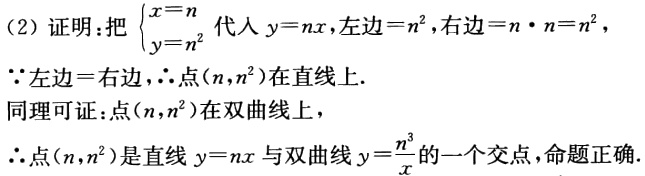
(2) 证明:把\(\begin{cases}x = n\\y = n^{2}\end{cases}\)代入\(y = nx\)，左边\(=n^{2}\)，右边\(=n\cdot n = n^{2}\)，
\(\because\)左边\(=\)右边，\(\therefore\)点\((n,n^{2})\)在直线上.
同理可证:点\((n,n^{2})\)在双曲线上，
\(\therefore\)点\((n,n^{2})\)是直线\(y = nx\)与双曲线\(y=\frac{n^{3}}{x}\)的一个交点，命题正确.